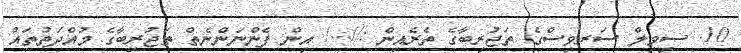
10. ސިވިލް ސަރވިސްގެ ތަޖުރިބާގެ ތެރެއިން ://.../ އިން ފެންނަންނެތް ތަޖުރިބާގެ މުއްދަތުތައް